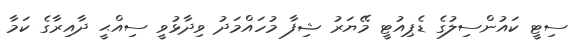
ސިޓީ ކައުންސިލުގެ ޑެޕިއުޓީ މޭޔަރު ޝިފާ މުހައްމަދު ވިދާޅުވީ ސިއްޙީ ދާއިރާގެ ކަމާ